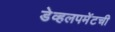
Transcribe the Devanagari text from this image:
डेव्हलपमेंटची